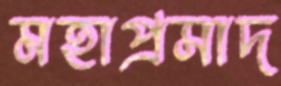
মহাপ্রসাদ